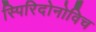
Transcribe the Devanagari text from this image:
स्पिरिदोनोविच